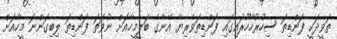
ތަވީދަކީ ފަންޑިތަ ސިހުރުހާހޫރައިގައި ފަންޑިތަވެރިޔާ އޭނާގެ ބަލީމީހާއަށް ނުވަތަ ފަންޑިތަ ލިބިގަންނަ މީހާއަށް